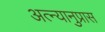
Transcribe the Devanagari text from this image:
अत्न्यानुप्रास